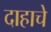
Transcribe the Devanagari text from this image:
दाहाचे